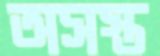
অসস্ত